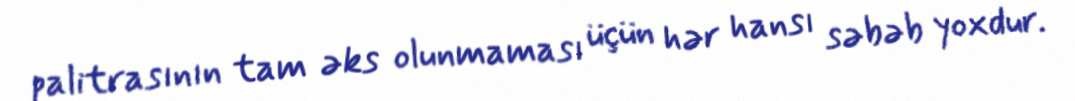
palitrasının tam əks olunmaması üçün hər hansı səbəb yoxdur.